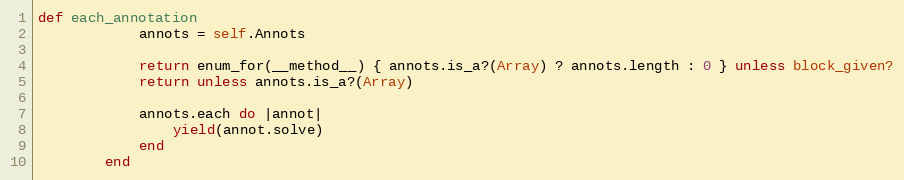
Language: Ruby
def each_annotation
            annots = self.Annots

            return enum_for(__method__) { annots.is_a?(Array) ? annots.length : 0 } unless block_given?
            return unless annots.is_a?(Array)

            annots.each do |annot|
                yield(annot.solve)
            end
        end